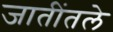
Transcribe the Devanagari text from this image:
जातींतले